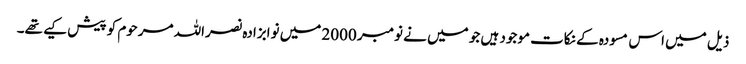
ذیل میں اس مسودہ کے نکات موجود ہیں جو میں نے نومبر 2000 میں نوابزادہ نصراللہ مرحوم کو پیش کیے تھے۔